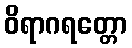
ဝိရာဂရတ္တော